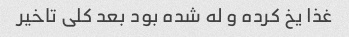
غذا یخ کرده و له شده بود بعد کلی تاخیر